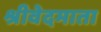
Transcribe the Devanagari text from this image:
श्रीवेदमाता